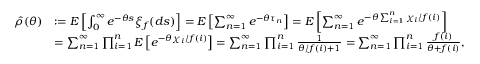
\begin{array} { r l } { \hat { \rho } ( \theta ) } & { : = E \left[ \int _ { 0 } ^ { \infty } e ^ { - \theta s } \xi _ { f } ( d s ) \right] = E \left[ \sum _ { n = 1 } ^ { \infty } e ^ { - \theta \tau _ { n } } \right] = E \left[ \sum _ { n = 1 } ^ { \infty } e ^ { - \theta \sum _ { i = 1 } ^ { n } \chi _ { i } / f ( i ) } \right] } \\ & { = \sum _ { n = 1 } ^ { \infty } \prod _ { i = 1 } ^ { n } E \left[ e ^ { - \theta \chi _ { i } / f ( i ) } \right] = \sum _ { n = 1 } ^ { \infty } \prod _ { i = 1 } ^ { n } \frac { 1 } { \theta / f ( i ) + 1 } = \sum _ { n = 1 } ^ { \infty } \prod _ { i = 1 } ^ { n } \frac { f ( i ) } { \theta + f ( i ) } , } \end{array}